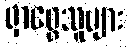
ရှာဖွေသူများ